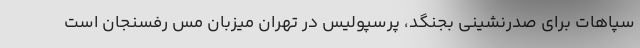
سپاهات برای صدرنشینی بجنگد، پرسپولیس در تهران میزبان مس رفسنجان است